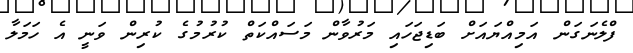
ފްލެނަގަން އަމިއްޔައަށް ބަޑިޖަހައި މަރުވާން މަސައްކަތް ކުރުމުގެ ކުރިން ވަނީ އެ ހަމަލާ